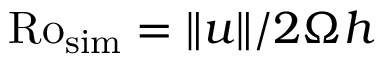
\mathrm { R o _ { s i m } } = \lVert u \rVert / 2 \Omega h